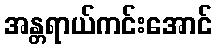
အန္တရာယ်ကင်းအောင်